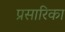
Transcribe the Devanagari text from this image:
प्रसारिका